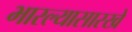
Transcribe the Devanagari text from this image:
भारल्यासारखे